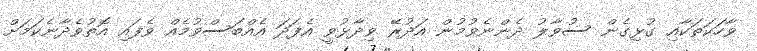
ވާހަކަތަކާއި ގުޅިގެން ސުވާލު ދެންނެވުމުން އަދުރޭ ވިދާޅުވީ އެފަދަ އެއްބަސްވުމެއް ވެފައި އޮތުވެދާނެކަމަށް